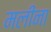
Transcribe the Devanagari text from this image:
मलीना